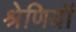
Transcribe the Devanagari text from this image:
श्रेणियॉं